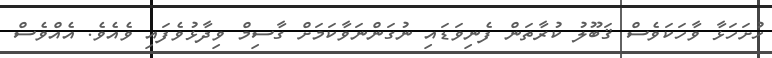
ހުށަހަޅާ ވާހަކަވެސް ޤަބޫލު ކުރާތަން ފެނިވަޑައި ނުގަންނަވާކަމަށް ގާސިމް ވިދާޅުވެފައި ވެއެވެ. އެއްވެސް